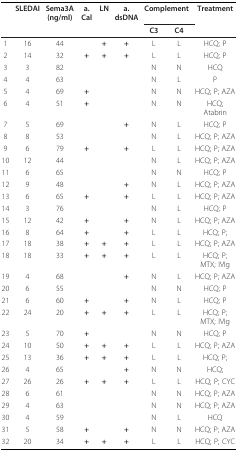
<table><thead><tr><td></td><td><b>SLEDAI</b></td><td><b>Sema3A(ng/ml)</b></td><td><b>a. Cal</b></td><td><b>LN</b></td><td><b>a. dsDNA</b></td><td colspan="2"><b>Complement</b></td><td><b>Treatment</b></td></tr><tr><td></td><td></td><td></td><td></td><td></td><td></td><td><b>C3</b></td><td><b>C4</b></td><td></td></tr></thead><tbody><tr><td>1</td><td>16</td><td>44</td><td></td><td><b>+</b></td><td><b>+</b></td><td>L</td><td>L</td><td>HCQ; P</td></tr><tr><td>2</td><td>14</td><td>32</td><td><b>+</b></td><td><b>+</b></td><td><b>+</b></td><td>L</td><td>L</td><td>HCQ; P</td></tr><tr><td>3</td><td>3</td><td>82</td><td></td><td></td><td></td><td>N</td><td>N</td><td>HCQ</td></tr><tr><td>4</td><td>4</td><td>63</td><td></td><td></td><td></td><td>N</td><td>L</td><td>P</td></tr><tr><td>5</td><td>4</td><td>69</td><td><b>+</b></td><td></td><td></td><td>N</td><td>N</td><td>HCQ; P; AZA</td></tr><tr><td>6</td><td>4</td><td>51</td><td><b>+</b></td><td></td><td></td><td>N</td><td>N</td><td>HCQ; Atabrin</td></tr><tr><td>7</td><td>5</td><td>69</td><td></td><td></td><td><b>+</b></td><td>N</td><td>L</td><td>HCQ; P</td></tr><tr><td>8</td><td>8</td><td>53</td><td></td><td></td><td></td><td>N</td><td>L</td><td>HCQ; P; AZA</td></tr><tr><td>9</td><td>6</td><td>79</td><td><b>+</b></td><td></td><td><b>+</b></td><td>L</td><td>L</td><td>HCQ; P; AZA</td></tr><tr><td>10</td><td>12</td><td>44</td><td></td><td></td><td></td><td>N</td><td>L</td><td>HCQ; P; AZA</td></tr><tr><td>11</td><td>6</td><td>65</td><td></td><td></td><td></td><td>N</td><td>N</td><td>HCQ; P</td></tr><tr><td>12</td><td>9</td><td>48</td><td></td><td></td><td><b>+</b></td><td>N</td><td>L</td><td>HCQ; P; AZA</td></tr><tr><td>13</td><td>6</td><td>65</td><td><b>+</b></td><td></td><td><b>+</b></td><td>L</td><td>L</td><td>HCQ; P; AZA</td></tr><tr><td>14</td><td>3</td><td>76</td><td></td><td></td><td></td><td>N</td><td>L</td><td>HCQ; P</td></tr><tr><td>15</td><td>12</td><td>42</td><td><b>+</b></td><td></td><td><b>+</b></td><td>N</td><td>L</td><td>HCQ; P; AZA</td></tr><tr><td>16</td><td>8</td><td>64</td><td><b>+</b></td><td></td><td><b>+</b></td><td>L</td><td>L</td><td>HCQ; P;</td></tr><tr><td>17</td><td>18</td><td>38</td><td><b>+</b></td><td><b>+</b></td><td><b>+</b></td><td>L</td><td>L</td><td>HCQ; P; AZA</td></tr><tr><td>18</td><td>18</td><td>33</td><td><b>+</b></td><td><b>+</b></td><td><b>+</b></td><td>L</td><td>L</td><td>HCQ; P; MTX; IVIg</td></tr><tr><td>19</td><td>4</td><td>68</td><td></td><td></td><td><b>+</b></td><td>N</td><td>L</td><td>HCQ; P; AZA</td></tr><tr><td>20</td><td>6</td><td>55</td><td></td><td></td><td></td><td>N</td><td>N</td><td>HCQ; P</td></tr><tr><td>21</td><td>6</td><td>60</td><td><b>+</b></td><td></td><td><b>+</b></td><td>N</td><td>L</td><td>HCQ; P</td></tr><tr><td>22</td><td>24</td><td>20</td><td><b>+</b></td><td><b>+</b></td><td><b>+</b></td><td>L</td><td>L</td><td>HCQ; P; MTX; IVIg</td></tr><tr><td>23</td><td>5</td><td>70</td><td><b>+</b></td><td></td><td></td><td>N</td><td>N</td><td>HCQ; P</td></tr><tr><td>24</td><td>10</td><td>50</td><td><b>+</b></td><td><b>+</b></td><td><b>+</b></td><td>L</td><td>L</td><td>HCQ; P; AZA</td></tr><tr><td>25</td><td>13</td><td>36</td><td><b>+</b></td><td><b>+</b></td><td><b>+</b></td><td>L</td><td>L</td><td>HCQ; P;</td></tr><tr><td>26</td><td>4</td><td>65</td><td></td><td></td><td><b>+</b></td><td>N</td><td>N</td><td>HCQ;</td></tr><tr><td>27</td><td>26</td><td>26</td><td><b>+</b></td><td><b>+</b></td><td><b>+</b></td><td>L</td><td>L</td><td>HCQ; P; CYC</td></tr><tr><td>28</td><td>6</td><td>61</td><td></td><td></td><td></td><td>N</td><td>N</td><td>HCQ; P; AZA</td></tr><tr><td>29</td><td>4</td><td>63</td><td></td><td></td><td></td><td>N</td><td>N</td><td>HCQ; P; AZA</td></tr><tr><td>30</td><td>4</td><td>59</td><td></td><td></td><td></td><td>N</td><td>L</td><td>HCQ</td></tr><tr><td>31</td><td>5</td><td>58</td><td><b>+</b></td><td></td><td><b>+</b></td><td>N</td><td>N</td><td>HCQ; P; AZA</td></tr><tr><td>32</td><td>20</td><td>34</td><td><b>+</b></td><td><b>+</b></td><td><b>+</b></td><td>L</td><td>L</td><td>HCQ; P; CYC</td></tr></tbody></table>